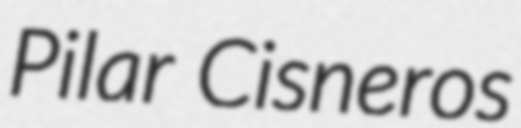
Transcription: Pilar Cisneros